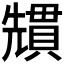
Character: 𭀷